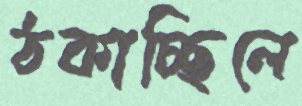
ঠকাচ্ছিলে